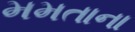
મમતાના